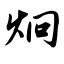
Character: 炯